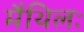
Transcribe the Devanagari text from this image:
मैथिलः